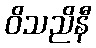
ဝိသညိနီ